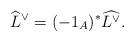
LaTeX: \begin{align*}\widehat{L}^{\vee}=(-1_A)^*\widehat{L^{\vee}}.\end{align*}